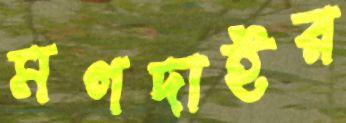
মগদাইর